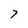
Character: 7